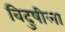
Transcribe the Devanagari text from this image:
विदुषीला